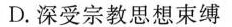
D.深受宗教思想束缚